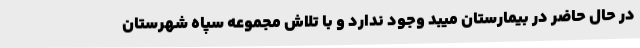
در حال حاضر در بیمارستان میبد وجود ندارد و با تلاش مجموعه سپاه شهرستان